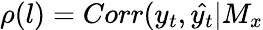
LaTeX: \rho(l)=Corr(y_{t},\hat{y_{t}}|M_{x}